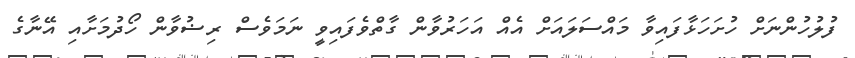
ފުލުހުންނަށް ހުށަހަޅާފައިވާ މައްސަލައަށް އެއް އަހަރުވާން ގާތްވެފައިވީ ނަމަވެސް ރިޟުވާން ހޯދުމަށާއި އޭނާގެ